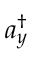
a _ { y } ^ { \dag }